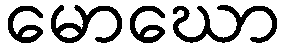
မောဃော